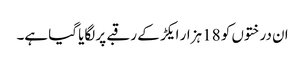
ان درختوں کو 18 ہزار ایکڑ کے رقبے پر لگایا گیا ہے۔